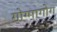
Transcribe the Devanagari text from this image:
गोग्मागोग